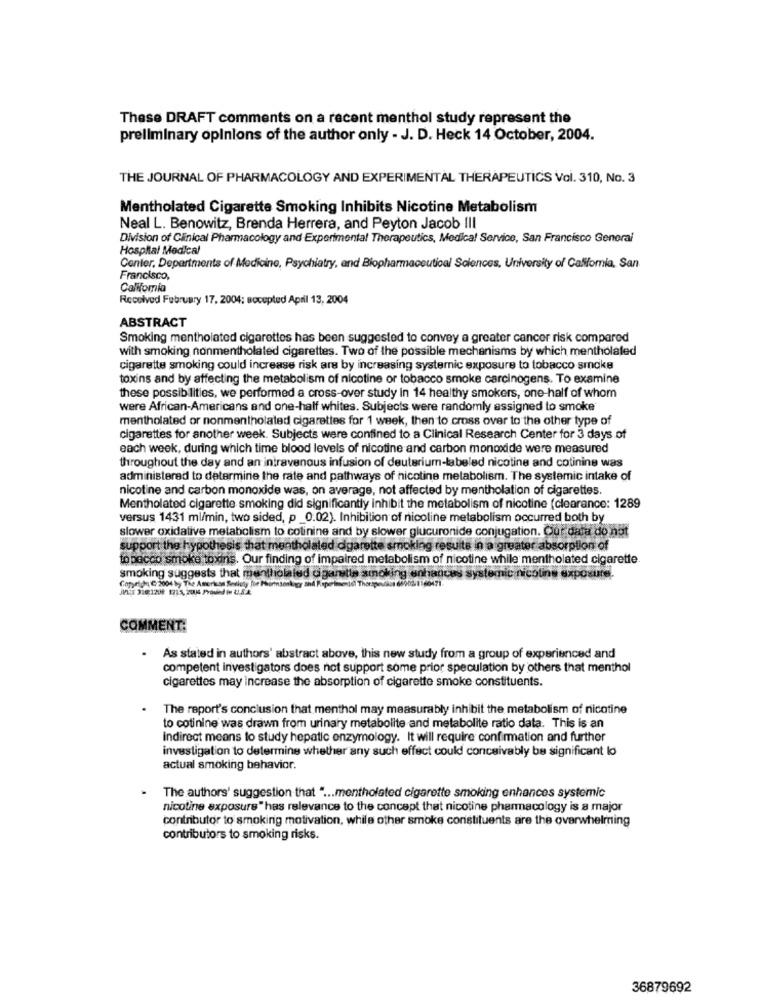
These DRAFT comments on a recent menthol study represent the
preliminary opinions of the author only - J. D. Heck 14 October, 2004.
THE JOURNAL OF PHARMACOLOGY AND EXPERIMENTAL THERAPEUTICS Vol. 310, No. 3
Mentholated Cigarette Smoking Inhibits Nicotine Metabolism
Neal L. Benowitz, Brenda Herrera, and Peyton Jacob III
Division of Clinical Pharmacology and Experimental Therapeutics, Medical Service, San Francisco General
Hospital Medical
Center, Departments of Medicine, Psychiatry, and Biopharmaceutical Sciences, University of California, San
Francisco,
California
Received February 17, 2004: accepted April 13, 2004
ABSTRACT
Smoking mentholated cigarettes has been suggested to convey a greater cancer risk compared
with smoking nonmentholated cigarettes. Two of the possible mechanisms by which mentholated
cigarette smoking could increase risk ars by increasing systemnic exposure to tobacco smoke
toxins and by affecting the metabolism of nicotine or tobacco smoke carcinogens. To examine
these possibilities, we performed a cross-over study in 14 healthy smokers, one-half of whom
were African-Americans and one-half whites. Subjects were randomly assigned to smoke"
mentholated or nonmentholated cigarettes for 1 week, then to cross over to the other type of
cigarettes for another week. Subjects were confined to a Clinical Research Center for 3 days of
each week, during which time blood levels of nicotine and carbon monoxide were measured
throughout the day and an intravenous infusion of deuterium-labeled nicotine and cotinine was
administered to determine the rate and pathways of nicotine metabolism. The systemic intake of
nicotine and carbon monoxide was, on average, not affected by mentholation of cigarettes.
Mentholated cigarette smoking did significantly inhibit the metabolism of nicotine (clearance: 1289
versus 1431 ml/min, two sided, p_0.02). Inhibition of nicoline metabolism occurred both by
slower oxidative metabolism to colinine and by slower glucuronide conjugation. Our data do not
support the hypothesis that mentholated cigarette smoking results in a greater absorption of
tobacco smoke toxins. Our finding of Impaired metabolism of nicotine while mentholated cigarette.
smoking suggests that mentholaled cigarette smoking enhances systemic nicotine exposure.
Coppelya @-2004 by The Americas Bediely for
COMMENT:
As stated in authors' abstract above, this new study from a group of experienced and
competent investigators does not support some prior speculation by others that menthol
cigarettes may increase the absorption of cigarette smoke constituents.
The report's conclusion that menthol may measurably inhibit the metabolism of nicotine
to cotinine was drawn from urinary metabolite and metabolite ratio data. This is an
Indirect means to study hepatic enzymology. It will require confirmation and further
investigation to determine whether any such effect could conceivably be significant lo
actual smoking behavior.
- The authors' suggestion that " ... mentholated cigarette smoking enhances systemic
nicotine exposure " has relevance to the concept that nicotine pharmacology is a major
contributor to smoking motivation, while other smoke constituents are the overwhelming
contributors to smoking risks.
36879692